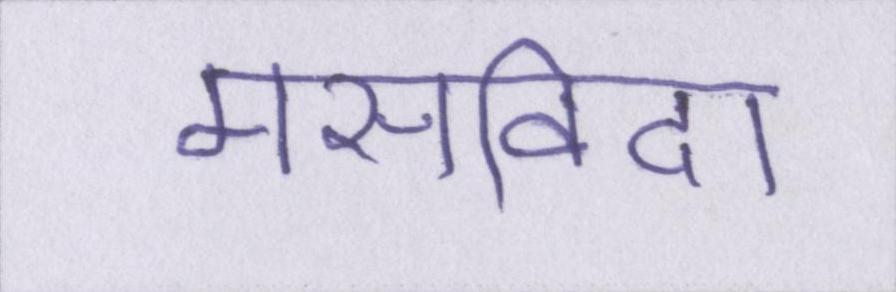
मसविदा